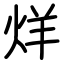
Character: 烊